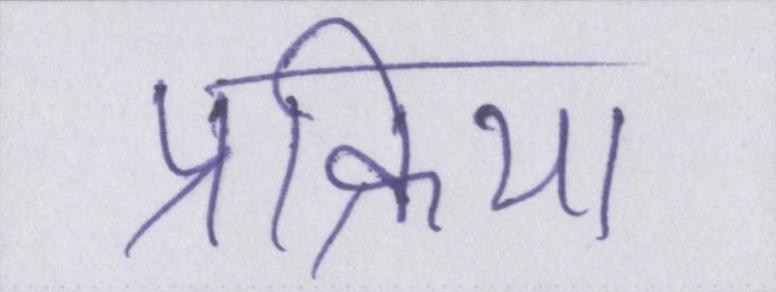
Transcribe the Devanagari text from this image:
प्रक्रिया